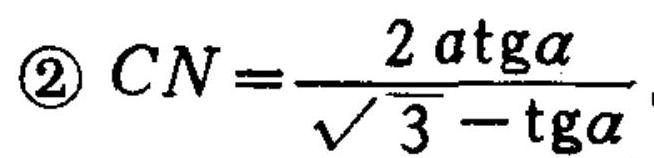
\textcircled{2}\(CN=\frac{2a\mathrm{tg}\alpha}{\sqrt{3}-\mathrm{tg}\alpha}\)